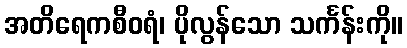
အတိရေကစီဝရံ၊ ပိုလွန်သော သင်္ကန်းကို။